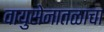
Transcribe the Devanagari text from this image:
वायुसेनातळाचा